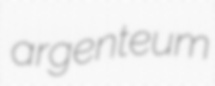
argenteum